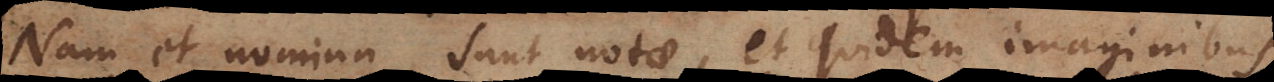
Nam et nomina sunt notae, et quidem imaginibus